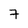
Character: 7